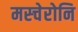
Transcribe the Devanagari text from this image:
मस्चेरोनि